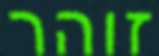
זוהר